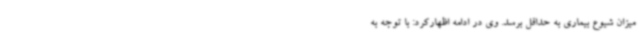
میزان شیوع بیماری به حداقل برسد. وی در ادامه اظهارکرد: با توجه به